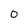
Character: 0